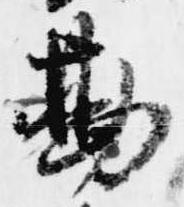
勘